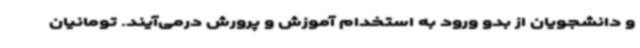
و دانشجویان از بدو ورود به استخدام آموزش و پرورش درمی‌آیند. تومانیان